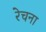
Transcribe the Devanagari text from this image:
रेचना